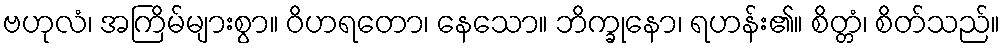
ဗဟုလံ၊ အကြိမ်များစွာ။ ဝိဟရတော၊ နေသော။ ဘိက္ခုနော၊ ရဟန်း၏။ စိတ္တံ၊ စိတ်သည်။